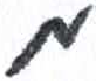
אות: מ